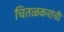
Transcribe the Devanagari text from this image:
चितळकरांची